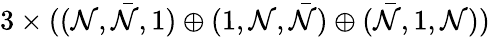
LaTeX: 3\times((\mathcal{N},\bar{{\mathcal{N}}},1)\oplus(1,\mathcal{N},\bar{{\mathcal{N}}})\oplus(\bar{{\mathcal{N}}},1,\mathcal{N}))